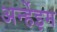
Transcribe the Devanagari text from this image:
अर्न्हेइम